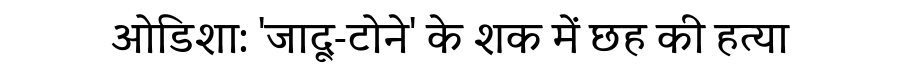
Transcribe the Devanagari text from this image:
ओडिशा: 'जादू-टोने' के शक में छह की हत्या